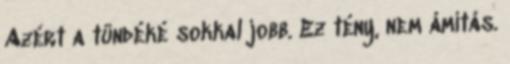
Azért a tündéké sokkal jobb. Ez tény, nem ámítás.